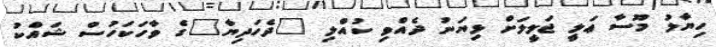
ހިޔާލު މޫސާ ޢަލީ ޖަލީލަށް ޅިޔަނު ދެއްވި ކުއްލި "ދެހަދިޔާ"ގެ ވާހަކަހުސް ޝައްކު